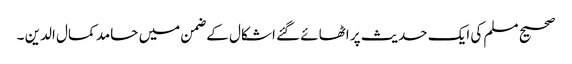
صحیح مسلم کی ایک حدیث پر اٹھائے گئے اشکال کے ضمن میں حامد کمال الدین ۔